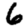
Digit: 6